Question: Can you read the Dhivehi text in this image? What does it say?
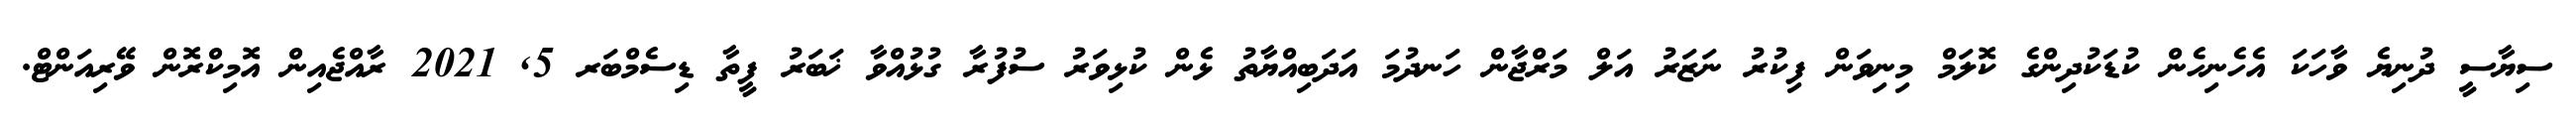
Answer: ސިޔާސީ ދުނިޔެ ވާހަކަ އެހެނިހެން ކުޑަކުދިންގެ ކޮލަމް މިނިވަން ފިކުރު ނަޒަރު އަލް މަރްޖާން ހަނދުމަ އަދަބިއްޔާތު ޅެން ކުޅިވަރު ސުފުރާ ގުޅުއްވާ ޚަބަރު ފީތާ ޑިސެމްބަރ 5, 2021 ރާއްޖެއިން އޮމިކްރޮން ވޭރިއަންޓް.